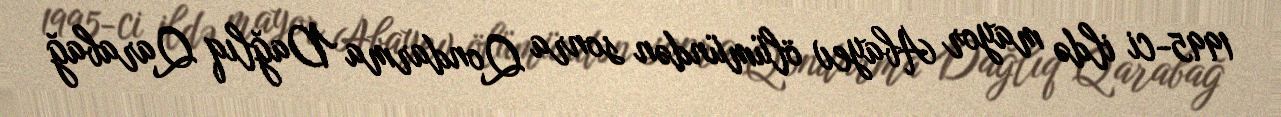
1995-ci ildə mayor Abayev ölümündən sonra Qondarma Dağlıq Qarabağ